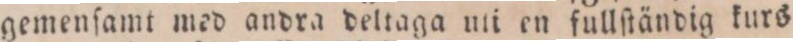
gemenſamt med andra deltaga uti en fullſtändig kurs